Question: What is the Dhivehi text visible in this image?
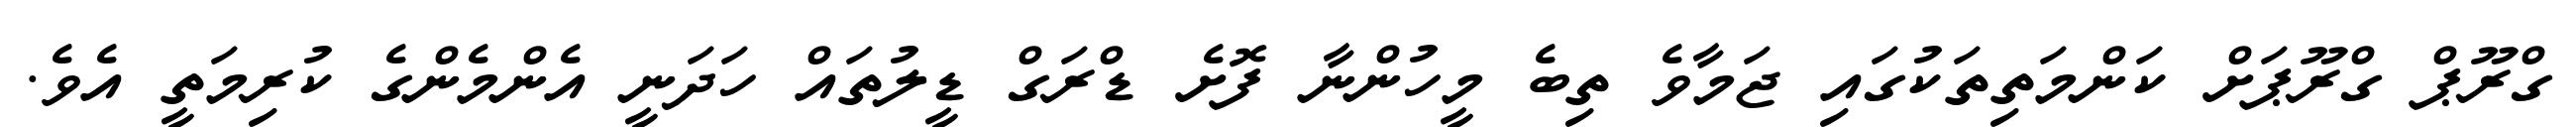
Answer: ގްރޫޕް ގްރޫޕަށް ކަންމަތިތަކުގައި ޖަމާވެ ތިބެ މީހުންނާ ފޮށެ ޑްރަގް ޑީލުތައް ހަދަނީ އެންމެންގެ ކުރިމަތީ އެވެ.